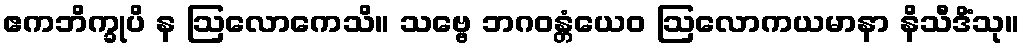
ဧကဘိက္ခုပိ န ဩလောကေသိ။ သဗ္ဗေ ဘဂဝန္တံယေဝ ဩလောကယမာနာ နိသီဒိံသု။